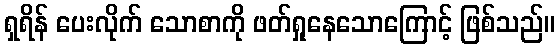
ရှရိန် ပေးလိုက် သောစာကို ဖတ်ရှုနေသောကြောင့် ဖြစ်သည်။